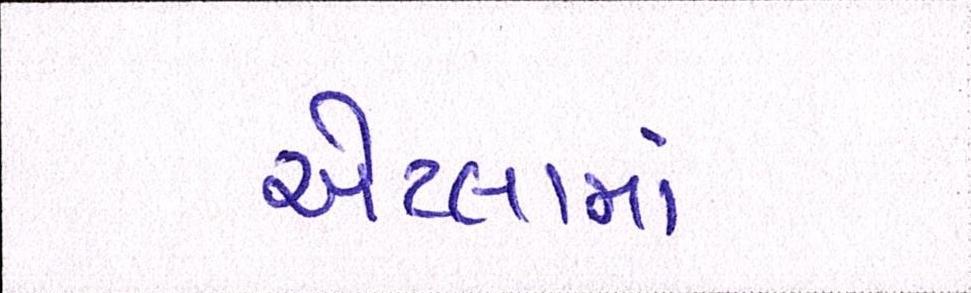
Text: એટલામાં